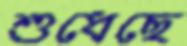
শুধেছে